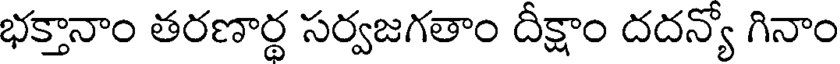
భక్తానాం తరణార్థ సర్వజగతాం దీక్షాం దదన్యో గినాం